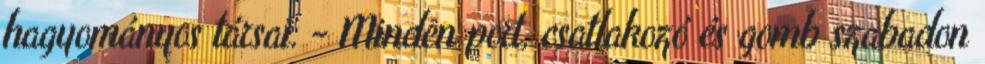
hagyományos társai. - Minden port, csatlakozó és gomb szabadon